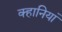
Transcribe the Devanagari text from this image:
क्हानियां